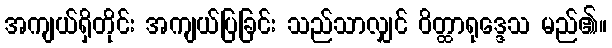
အကျယ်ရှိတိုင်း အကျယ်ပြခြင်း သည်သာလျှင် ဝိတ္ထာရုဒ္ဒေသ မည်၏။